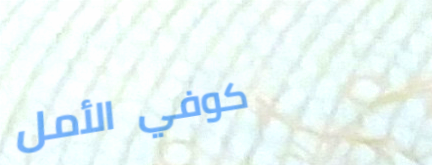
كوفي الأمل